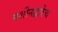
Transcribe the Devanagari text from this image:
मशीनद्वारेच